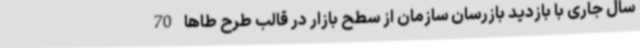
سال جاری با بازدید بازرسان سازمان از سطح بازار در قالب طرح طاها 70